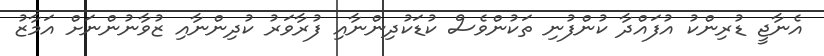
އެނާޖީ ޑުރިންކު އުފައްދާ ކުންފުނި ތަކުންވެސް ކުޑަކުދިންނާއި ފުރާވަރު ކުދިންނާއި ޒުވާނުންނަށް އަމާޒު